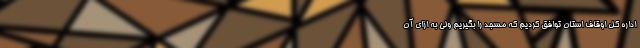
اداره کل اوقاف استان توافق کردیم که مسجد را بگیریم ولی به ازای آن